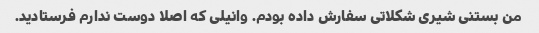
من بستنی شیری شکلاتی سفارش داده بودم. وانیلی که اصلا دوست ندارم فرستادید.